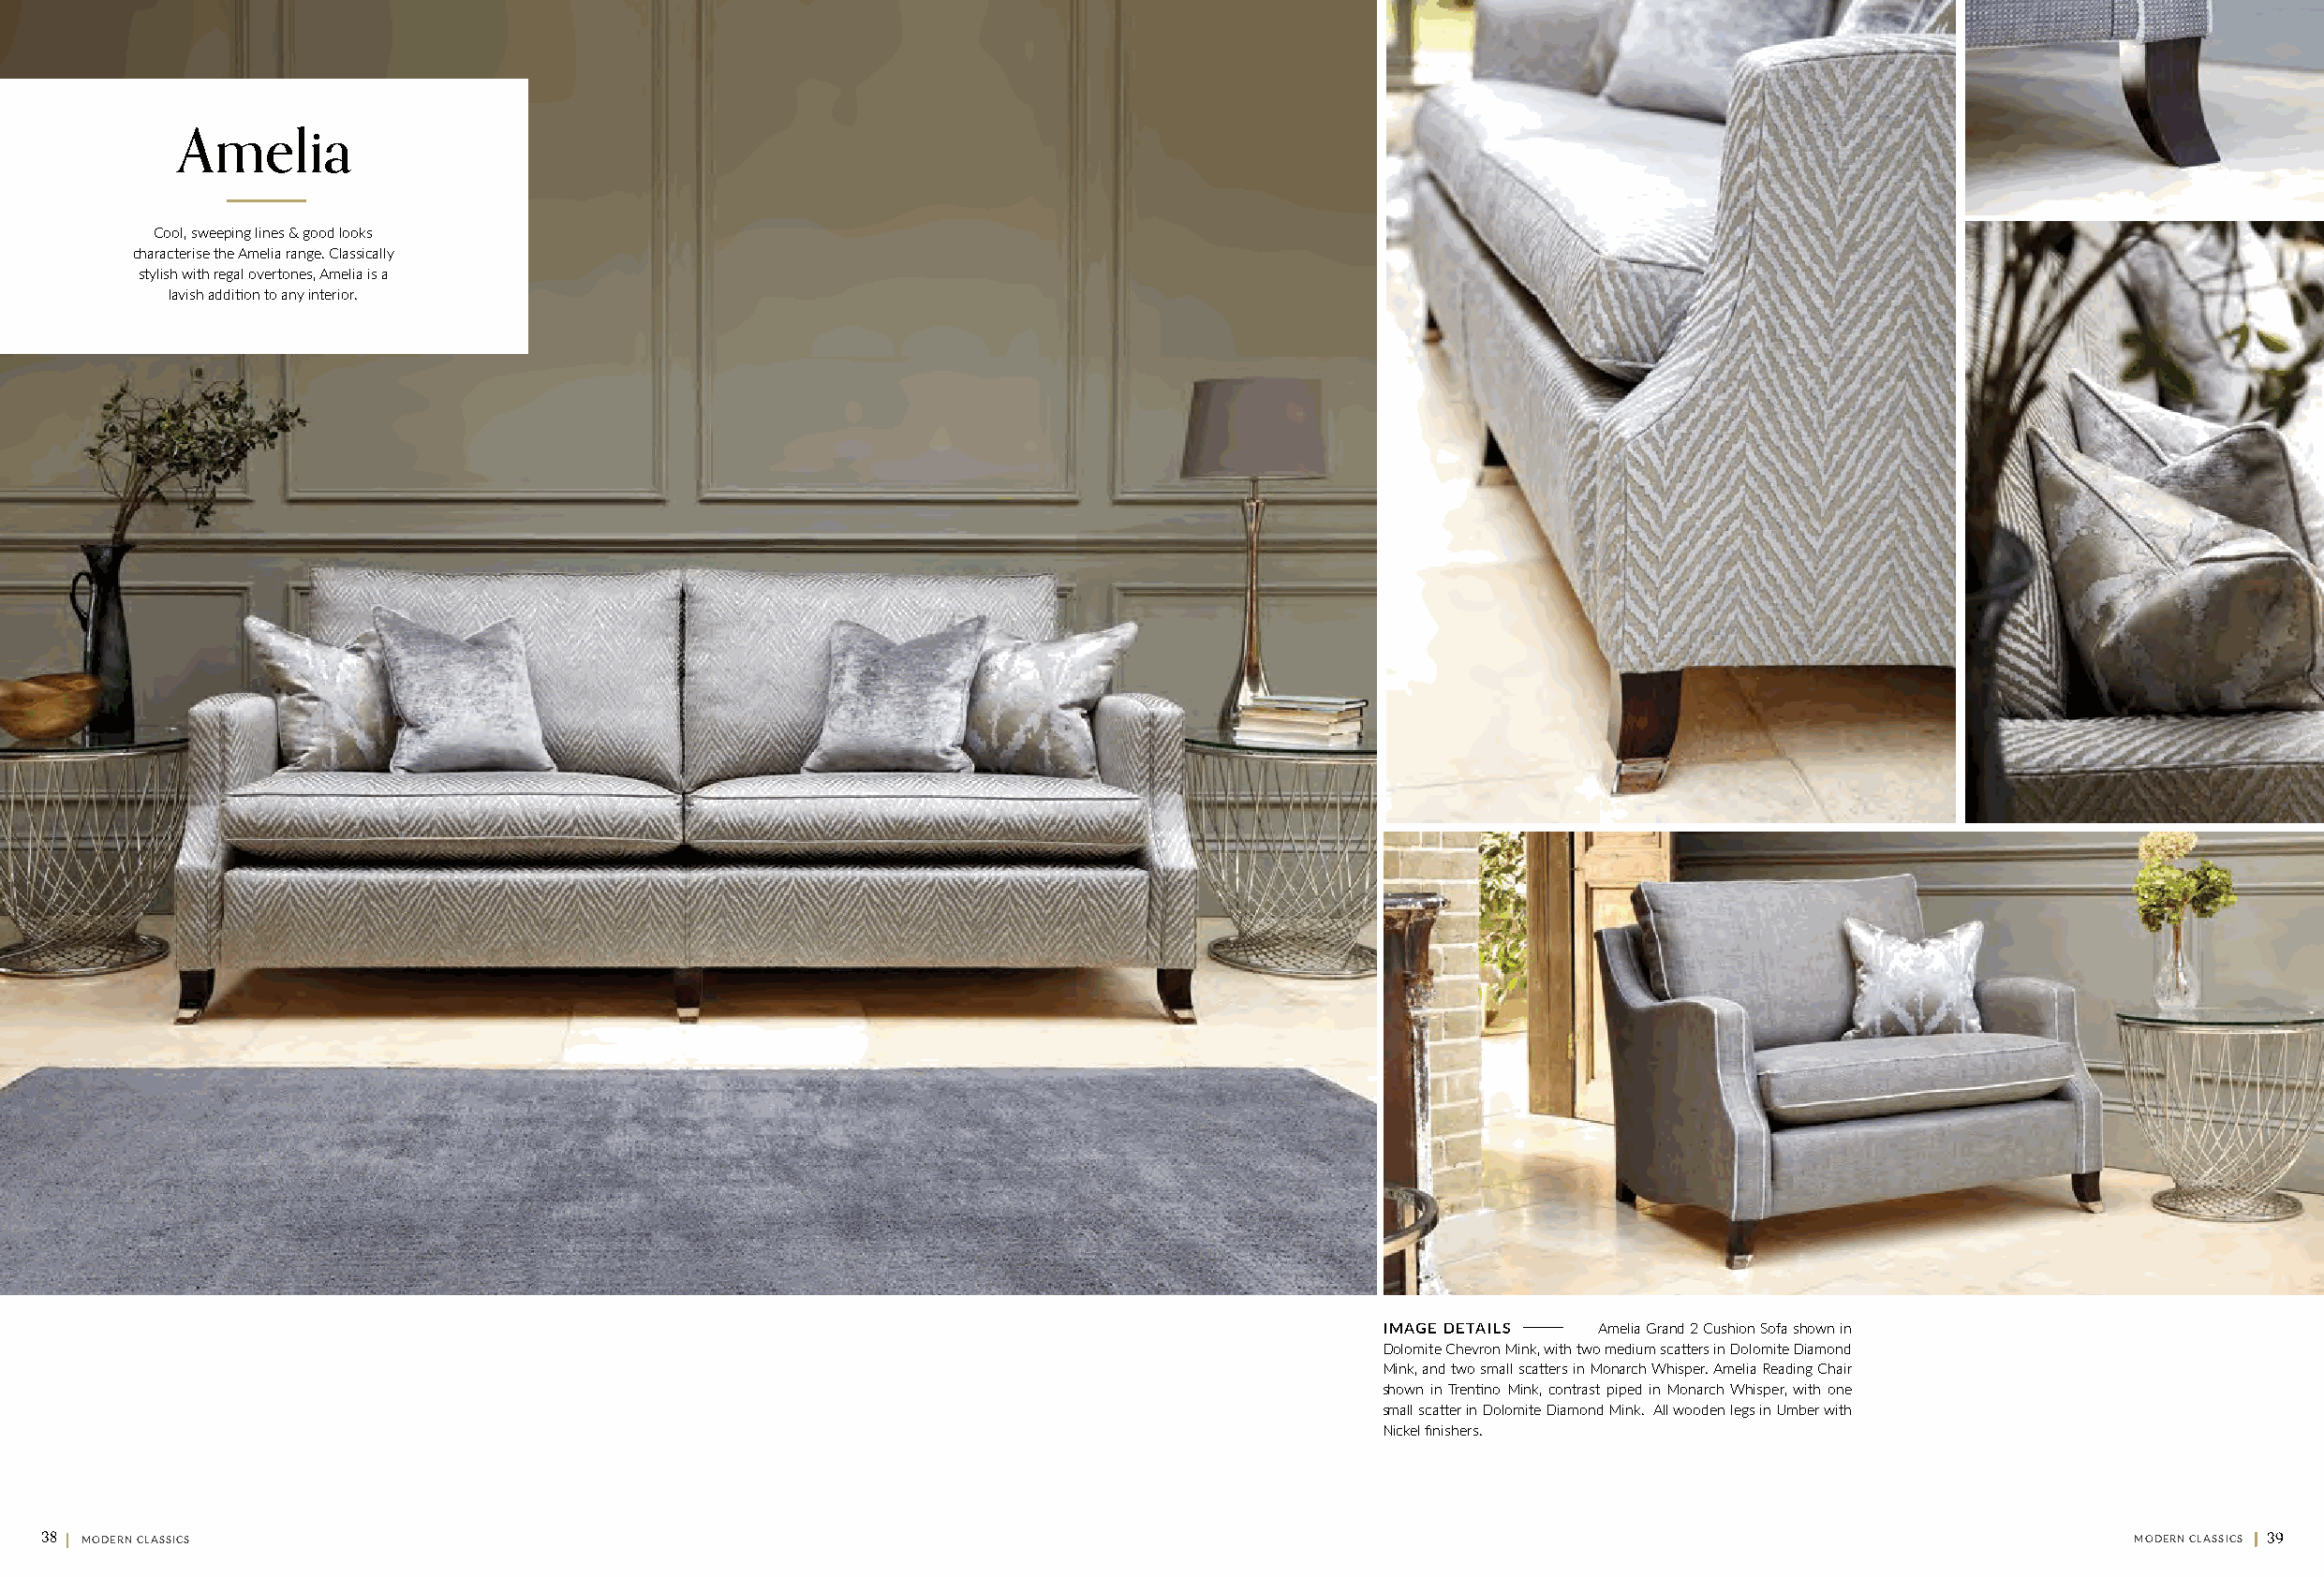
Amelia
 Cool, sweeping lines & good looks
 characterise the Amelia range. Classically
 stylish with regal overtones, Amelia is a
 lavish addition to any interior.
 I M A G E D E T A I L S Amelia Grand 2 Cushion Sofa shown in
 Dolomite Chevron Mink, with two medium scatters in Dolomite Diamond
 Mink, and two small scatters in Monarch Whisper. Amelia Reading Chair
 shown in Trentino Mink, contrast piped in Monarch Whisper, with one
 small scatter in Dolomite Diamond Mink. All wooden legs in Umber with
 Nickel finishers.
 38 || MODERN CLASSICS                                                                                                                               MODERN CLASSICS || 39